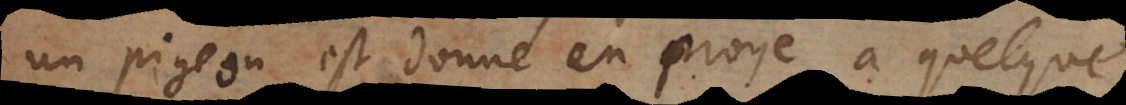
un pigeon est donné en proye à quelque